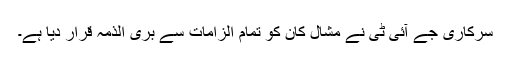
سرکاری جے آئی ٹی نے مشال کان کو تمام الزامات سے بری الذمہ قرار دیا ہے۔